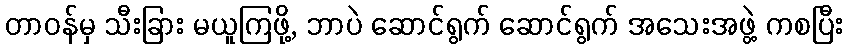
တာဝန်မှ သီးခြား မယူကြဖို့, ဘာပဲ ဆောင်ရွက် ဆောင်ရွက် အသေးအဖွဲ့ ကစပြီး